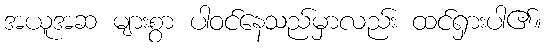
အယူအဆ များစွာ ပါဝင်နေသည်မှာလည်း ထင်ရှားပါ၏။